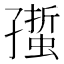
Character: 𧏄